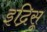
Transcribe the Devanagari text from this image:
इद्रिसू